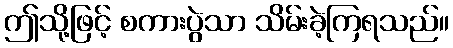
ဤသို့ဖြင့် စကားပွဲသာ သိမ်းခဲ့ကြရသည်။